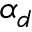
\alpha _ { d }